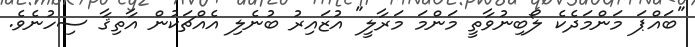
"ބައްޕަ މަންމަދެކެ ލޯބިނުވާތީ މަންމަ މަރާލީ" އުޒައިރު ބުނެލި އެއްޗަކުން އާތިޤާ ސިހުނެވެ.